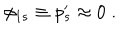
LaTeX: \phi _ { 1 s } \equiv p _ { s } ^ { \prime } \approx 0 \; .